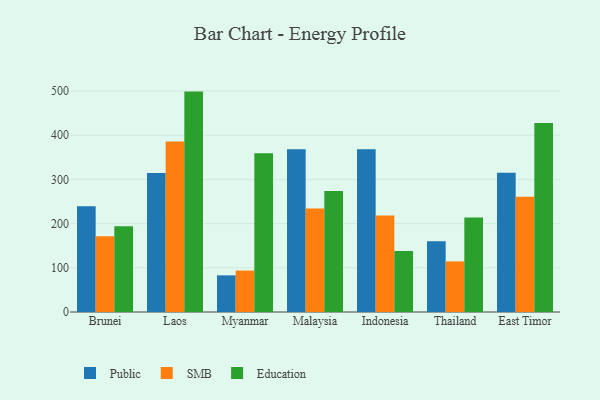
{"axis": {"x": "Country", "y": "Budget (USD K)"}, "legend": ["Education", "Public", "SMB"], "data": [{"x": "Brunei", "y": 239.6, "type": "Public"}, {"x": "Brunei", "y": 171.6, "type": "SMB"}, {"x": "Brunei", "y": 194.2, "type": "Education"}, {"x": "Laos", "y": 314.8, "type": "Public"}, {"x": "Laos", "y": 385.7, "type": "SMB"}, {"x": "Laos", "y": 498.8, "type": "Education"}, {"x": "Myanmar", "y": 82.9, "type": "Public"}, {"x": "Myanmar", "y": 93.8, "type": "SMB"}, {"x": "Myanmar", "y": 359.2, "type": "Education"}, {"x": "Malaysia", "y": 368.6, "type": "Public"}, {"x": "Malaysia", "y": 234.5, "type": "SMB"}, {"x": "Malaysia", "y": 273.9, "type": "Education"}, {"x": "Indonesia", "y": 368.3, "type": "Public"}, {"x": "Indonesia", "y": 218.3, "type": "SMB"}, {"x": "Indonesia", "y": 137.9, "type": "Education"}, {"x": "Thailand", "y": 160.3, "type": "Public"}, {"x": "Thailand", "y": 114.5, "type": "SMB"}, {"x": "Thailand", "y": 214.1, "type": "Education"}, {"x": "East Timor", "y": 315.4, "type": "Public"}, {"x": "East Timor", "y": 260.7, "type": "SMB"}, {"x": "East Timor", "y": 427.6, "type": "Education"}]}